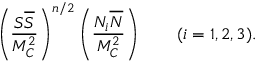
\left( { \frac { S { \overline { { S } } } } { M _ { C } ^ { 2 } } } \right) ^ { n / 2 } \left( { \frac { N _ { i } { \overline { { N } } } } { M _ { C } ^ { 2 } } } \right) \qquad ( i = 1 , 2 , 3 ) .